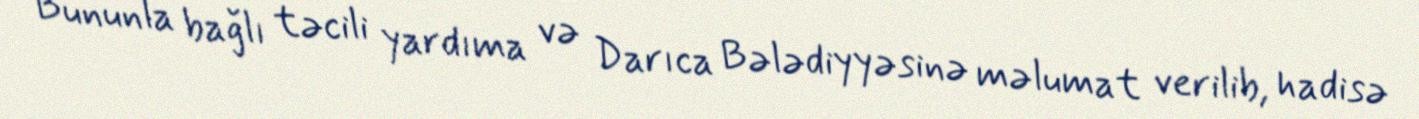
Bununla bağlı təcili yardıma və Darıca Bələdiyyəsinə məlumat verilib, hadisə